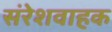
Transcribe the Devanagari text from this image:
संरेशवाहक